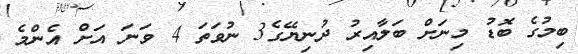
ބިމުގެ ބޮޑު މިނަށް ބަލާއިރު ދުނިޔޭގެ3 ނުވަތަ 4 ވަނަ އަށް އެންމެ